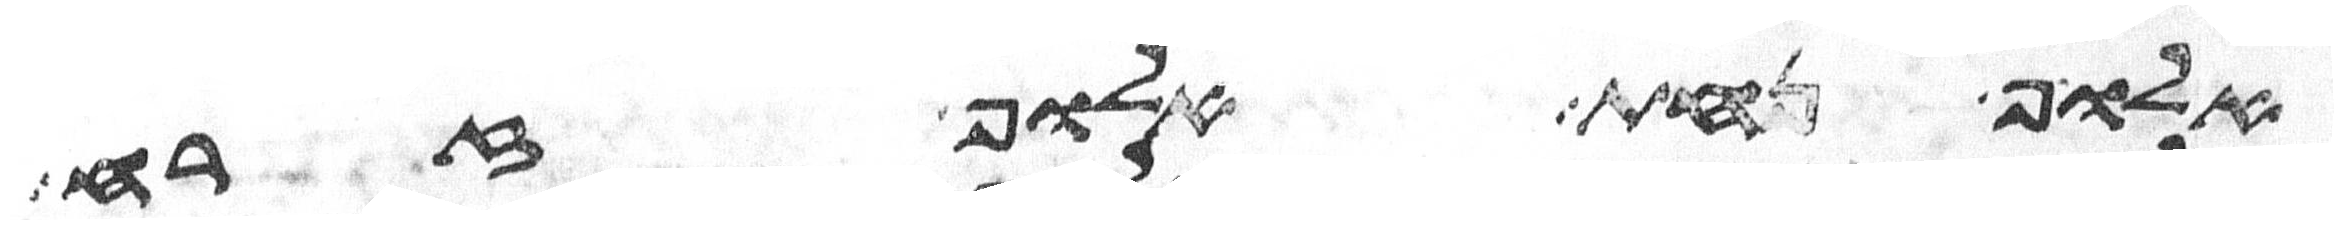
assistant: אלוף נחת אלוף זרח